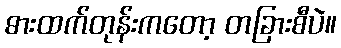
ဓားထက်တုန်းကတော့ တခြားစီပဲ။